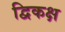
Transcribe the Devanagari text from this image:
द्विकक्ष